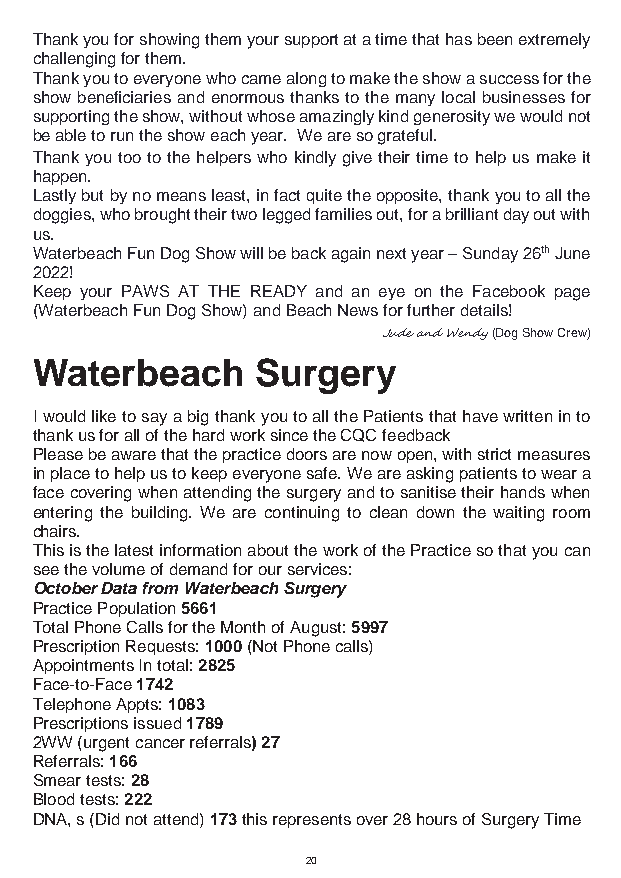
Thank you for showing them your support at a time that has been extremely
 challenging for them.
 Thank you to everyone who came along to make the show a success for the
 show beneficiaries and enormous thanks to the many local businesses for
 supporting the show, without whose amazingly kind generosity we would not
 be able to run the show each year. We are so grateful.
 Thank you too to the helpers who kindly give their time to help us make it
 happen.
 Lastly but by no means least, in fact quite the opposite, thank you to all the
 doggies, who brought their two legged families out, for a brilliant day out with
 us.
 Waterbeach Fun Dog Show will be back again next year – Sunday 26th June
 2022!
 Keep your PAWS AT THE READY and an eye on the Facebook page
 (Waterbeach Fun Dog Show) and Beach News for further details!
 Jude and Wendy (Dog Show Crew)
 Waterbeach     Surgery
 I would like to say a big thank you to all the Patients that have written in to
 thank us for all of the hard work since the CQC feedback
 Please be aware that the practice doors are now open, with strict measures
 in place to help us to keep everyone safe. We are asking patients to wear a
 face covering when attending the surgery and to sanitise their hands when
 entering the building. We are continuing to clean down the waiting room
 chairs.
 This is the latest information about the work of the Practice so that you can
 see the volume of demand for our services:
 October Data from Waterbeach Surgery
 Practice Population 5661
 Total Phone Calls for the Month of August: 5997
 Prescription Requests: 1000 (Not Phone calls)
 Appointments In total: 2825
 Face-to-Face 1742
 Telephone Appts: 1083
 Prescriptions issued 1789
 2WW (urgent cancer referrals) 27
 Referrals: 166
 Smear tests: 28
 Blood tests: 222
 DNA, s (Did not attend) 173 this represents over 28 hours of Surgery Time
 20